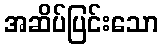
အဆိပ်ပြင်းသော